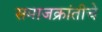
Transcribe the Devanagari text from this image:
समाजक्रांतीचे